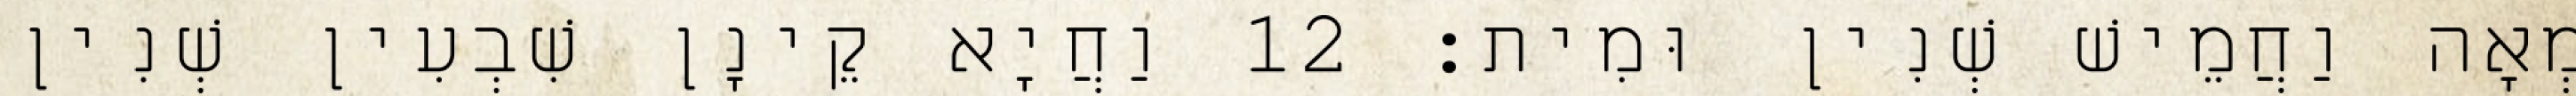
מְאָה וַחֲמֵישׁ שְׁנִין וּמִית׃ 12 וַחֲיָא קֵינָן שִׁבְעִין שְׁנִין